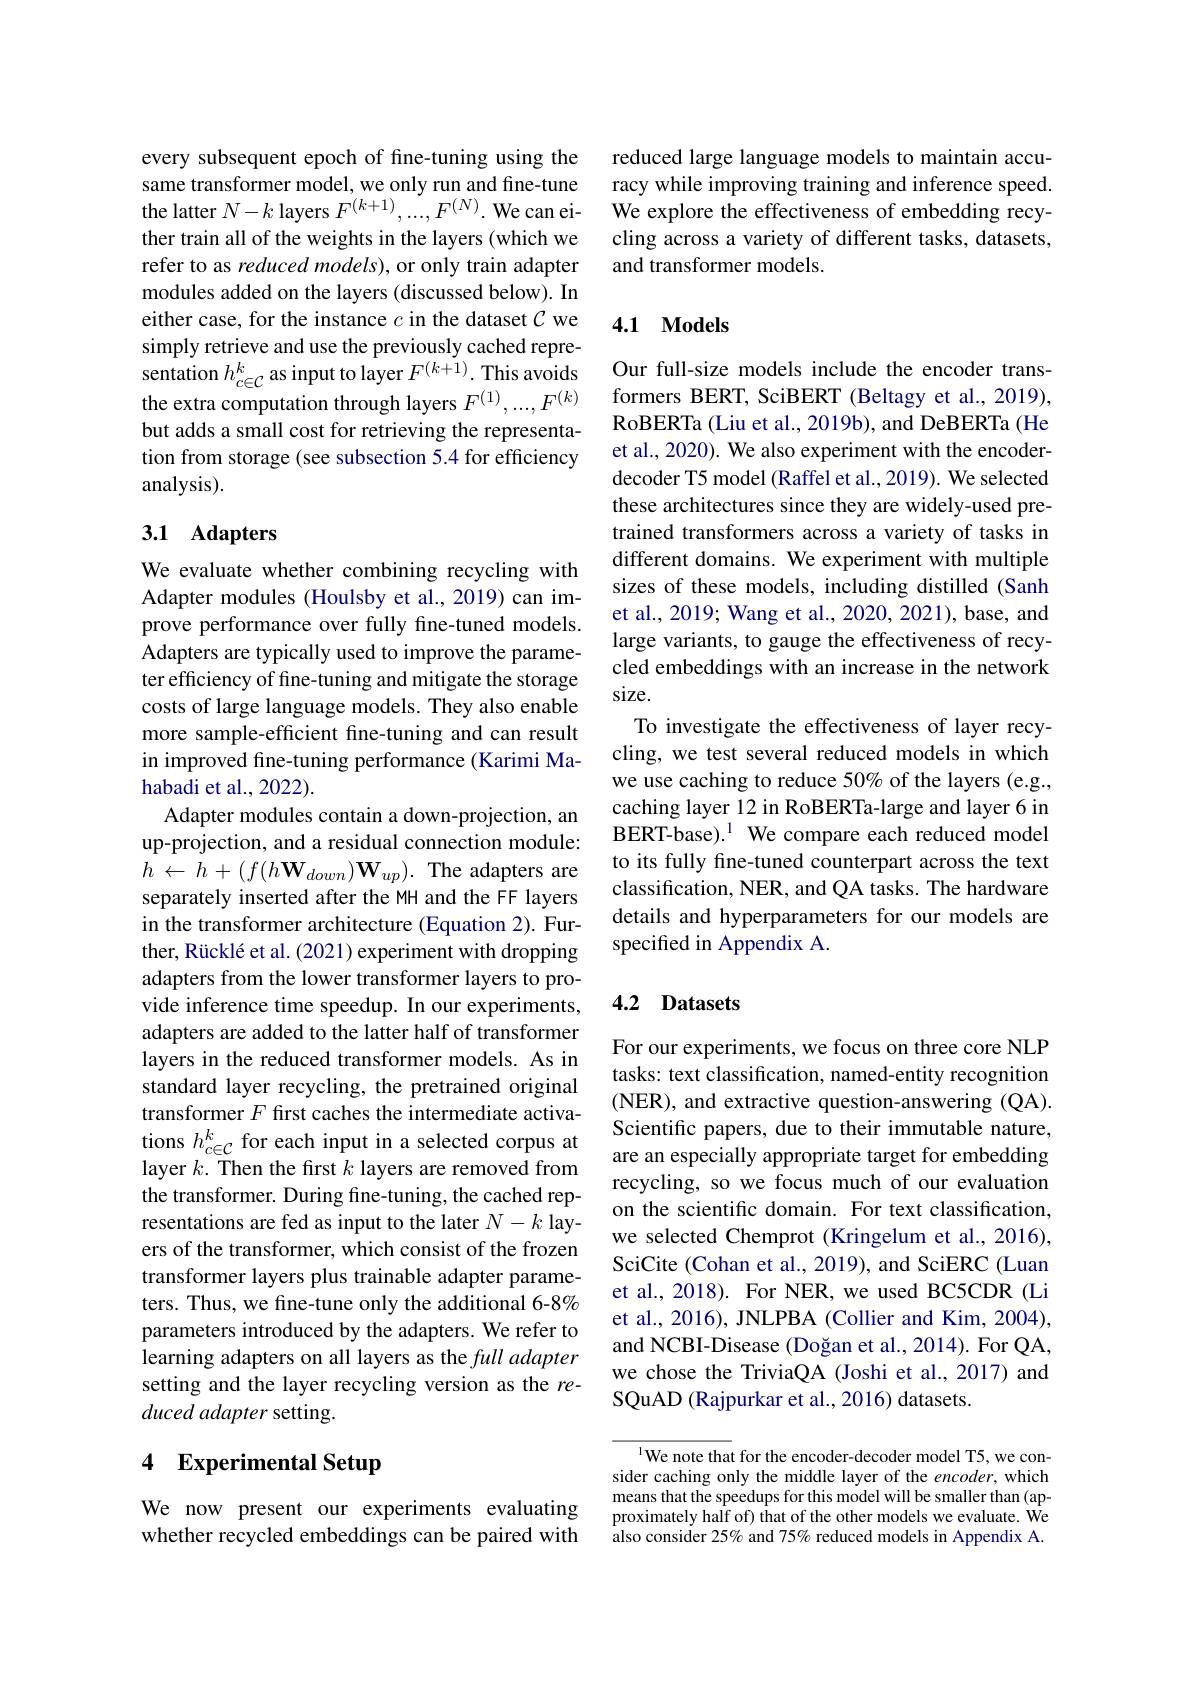
every subsequent epoch of fine-tuning using the same transformer model, we only run and fine-tune the latter $N-k$ layers $F^(k+1),...,F^{(N)}.$ We can either train all of the weights in the layers (which we refer to as reduced models), or only train adapter modules added on the layers (discussed below). In either case, for the instance $c$ in the dataset $C$ we simply retrieve and use the previously cached representation $h_{c\in\mathcal{C}}^k$ as input to layer $F^(k+1).$ This avoids the extra computation through layers $F^{(1)},...,F^{(k)}$ but adds a small cost for retrieving the representation from storage (see subsection 5.4 for efficiency analysis).

## 3.1 Adapters

We evaluate whether combining recycling with Adapter modules (Houlsby et al., 2019) can improve performance over fully fine-tuned models. Adapters are typically used to improve the parameter efficiency of fine-tuning and mitigate the storage costs of large language models. They also enable more sample-efficient fine-tuning and can result in improved fine-tuning performance (Karimi Mahabadi et al., 2022).
Adapter modules contain a down-projection, an up-projection, and a residual connection module: $h$ $\leftarrow$ $h$ + $( f( h\mathbf{W} _{down}) \mathbf{W} _{up}) .$ The adapters are separately inserted after the MH and the FF layers in the transformer architecture (Equation 2). Further, Rücklé et al. (2021) experiment with dropping adapters from the lower transformer layers to provide inference time speedup. In our experiments, adapters are added to the latter half of transformer layers in the reduced transformer models. As in standard layer recycling, the pretrained original transformer $F$ first caches the intermediate activations $h_{c\in\mathcal{C}}^{k}$ for each input in a selected corpus at layer $k.$ Then the first $k$ layers are removed from the transformer. During fine-tuning, the cached representations are fed as input to the later $N-k$ layers of the transformer, which consist of the frozen transformer layers plus trainable adapter parameters. Thus, we fine-tune only the additional 6-8% parameters introduced by the adapters. We refer to learning adapters on all layers as the full adapter setting and the layer recycling version as the reduced adapter setting.

## 4 Experimental Setup

We now present our experiments evaluating whether recycled embeddings can be paired with

reduced large language models to maintain accuracy while improving training and inference speed. We explore the effectiveness of embedding recycling across a variety of different tasks, datasets, and transformer models.

### 4.1 Models

Our full-size models include the encoder transformers BERT, SciBERT (Beltagy et al., 2019), RoBERTa (Liu et al., 2019b), and DeBERTa (He et al., 2020). We also experiment with the encoderdecoder T5 model (Raffel et al., 2019). We selected these architectures since they are widely-used pretrained transformers across a variety of tasks in different domains. We experiment with multiple sizes of these models, including distilled (Sanh et al., 2019; Wang et al., 2020, 2021), base, and large variants, to gauge the effectiveness of recycled embeddings with an increase in the network size.
To investigate the effectiveness of layer recycling, we test several reduced models in which we use caching to reduce 50% of the layers (e.g., caching layer 12 in RoBERTa-large and layer 6 in BERT-base).$^{1}$ We compare each reduced model to its fully fine-tuned counterpart across the text classification, NER, and QA tasks. The hardware details and hyperparameters for our models are specified in Appendix A.

## 4.2 Datasets

For our experiments, we focus on three core NLP tasks: text classification, named-entity recognition (NER), and extractive question-answering (QA). Scientific papers, due to their immutable nature, are an especially appropriate target for embedding recycling, so we focus much of our evaluation on the scientific domain. For text classification, we selected Chemprot (Kringelum et al., 2016), SciCite (Cohan et al., 2019), and SciERC (Luan et al., 2018). For NER, we used BC5CDR (Li et al., 2016), JNLPBA (Collier and Kim, 2004), and NCBI-Disease (Doğan et al., 2014). For QA, we chose the TriviaQA (Joshi et al., 2017) and SQuAD (Rajpurkar et al., 2016) datasets.

$^{1}$We note that for the encoder-decoder model T5, we consider caching only the middle layer of the encoder, which means that the speedups for this model will be smaller than (approximately half of) that of the other models we evaluate. We also consider 25% and 75% reduced models in Appendix A.